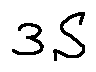
3 S